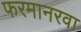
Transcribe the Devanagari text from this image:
फरमानरवा